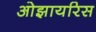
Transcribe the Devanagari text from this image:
ओझायरिस